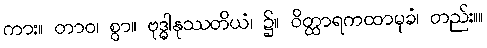
ကား။ တာဝ၊ စွာ။ ဗုဒ္ဓါနုဿတိယံ၊ ၌။ ဝိတ္ထာရကထာမုခံ၊ တည်း။။